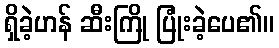
ရှိခဲ့ဟန် ဆီးကြို ပြုံးခဲ့ပေ၏။